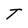
Character: T